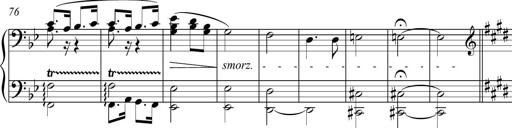
Title: Funeral March and Sonatina
Composer: Thomas Hellemans
Key: C-sharp minor